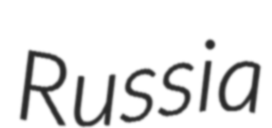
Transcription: Russia